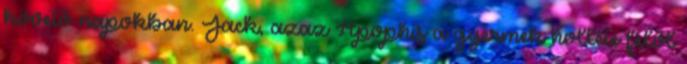
követő napokban. Jack, azaz Apophis a gyermek holléte felől